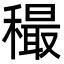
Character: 穝